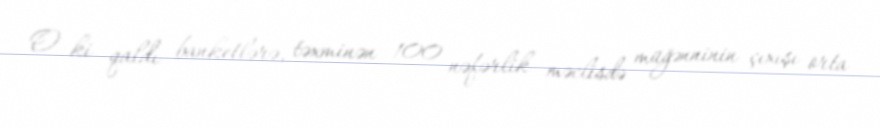
O ki qaldı banketlərə, təxminən 100 nəfərlik məclisdə müğənninin çıxışı orta